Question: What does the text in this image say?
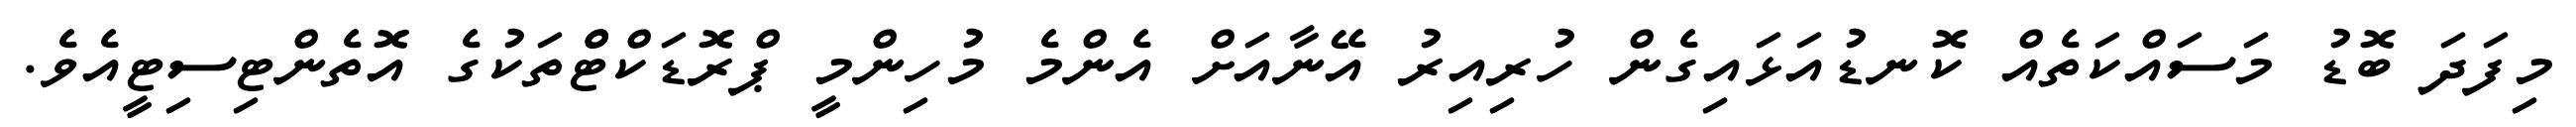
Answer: މިފަދަ ބޮޑު މަސައްކަތެއް ކޮނޑުއަޅައިގެން ހުރިއިރު އޭނާއަށް އެންމެ މުހިންމީ ޕްރޮޑަކްޓްްތަކުގެ އޮތެންޓިސިޓީއެވެ.